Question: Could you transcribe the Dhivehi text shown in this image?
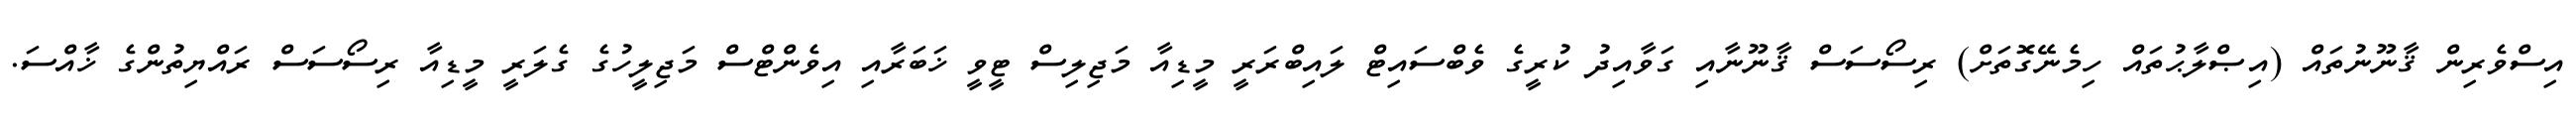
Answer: އިސްވެރިން ޤާނޫނުތައް (އިޞްލާޙުތައް ހިމެނޭގޮތަށް) ރިސޯސަސް ޤާނޫނާއި ގަވާއިދު ކުރީގެ ވެބްސައިޓް ލައިބްރަރީ މީޑިއާ މަޖިލިސް ޓީވީ ޚަބަރާއި އިވެންޓްސް މަޖިލީހުގެ ގެލަރީ މީޑިއާ ރިސޯސަސް ރައްޔިތުންގެ ޚާއްސަ.